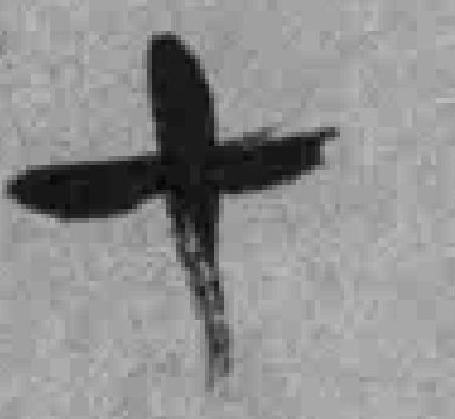
十